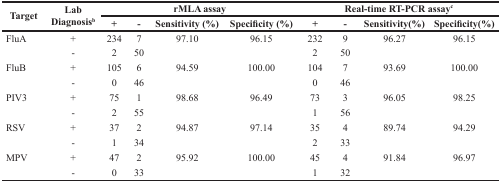
<table><thead><tr><td rowspan="2"><b>Target</b></td><td rowspan="2"><b>LabDiagnosis<sup>b</sup></b></td><td colspan="4"><b>rMLA assay</b></td><td colspan="4"><b>Real-time RT-PCR assay<sup>c</sup></b></td></tr><tr><td><b>+</b></td><td><b>-</b></td><td><b>Sensitivity (%)</b></td><td><b>Specificity (%)</b></td><td><b>+</b></td><td><b>-</b></td><td><b>Sensitivity(%)</b></td><td><b>Specificity(%)</b></td></tr></thead><tbody><tr><td>FluA</td><td>+</td><td>234</td><td>7</td><td>97.10</td><td>96.15</td><td>232</td><td>9</td><td>96.27</td><td>96.15</td></tr><tr><td></td><td>-</td><td>2</td><td>50</td><td></td><td></td><td>2</td><td>50</td><td></td><td></td></tr><tr><td>FluB</td><td>+</td><td>105</td><td>6</td><td>94.59</td><td>100.00</td><td>104</td><td>7</td><td>93.69</td><td>100.00</td></tr><tr><td></td><td>-</td><td>0</td><td>46</td><td></td><td></td><td>0</td><td>46</td><td></td><td></td></tr><tr><td>PIV3</td><td>+</td><td>75</td><td>1</td><td>98.68</td><td>96.49</td><td>73</td><td>3</td><td>96.05</td><td>98.25</td></tr><tr><td></td><td>-</td><td>2</td><td>55</td><td></td><td></td><td>1</td><td>56</td><td></td><td></td></tr><tr><td>RSV</td><td>+</td><td>37</td><td>2</td><td>94.87</td><td>97.14</td><td>35</td><td>4</td><td>89.74</td><td>94.29</td></tr><tr><td></td><td>-</td><td>1</td><td>34</td><td></td><td></td><td>2</td><td>33</td><td></td><td></td></tr><tr><td>MPV</td><td>+</td><td>47</td><td>2</td><td>95.92</td><td>100.00</td><td>45</td><td>4</td><td>91.84</td><td>96.97</td></tr><tr><td></td><td>-</td><td>0</td><td>33</td><td></td><td></td><td>1</td><td>32</td><td></td><td></td></tr></tbody></table>